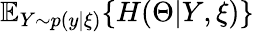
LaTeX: \mathbb{E}_{Y\sim p(y|\xi)}\{ H(\Theta|Y,\xi)\}